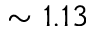
\sim 1 . 1 3